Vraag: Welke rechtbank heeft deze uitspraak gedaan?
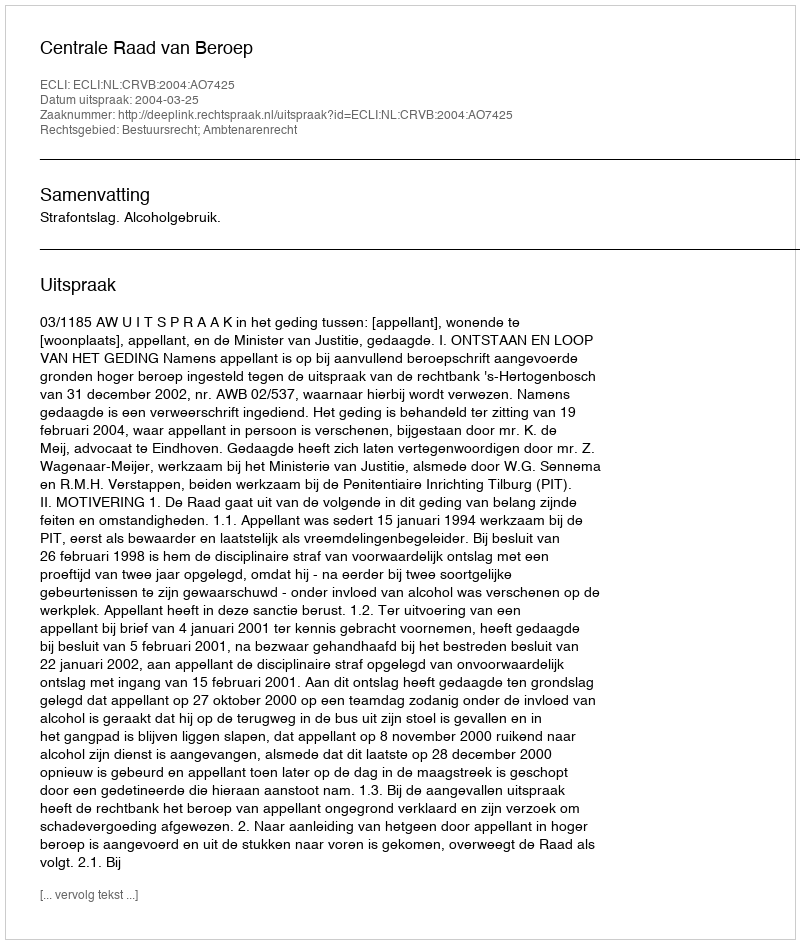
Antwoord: Centrale Raad van Beroep